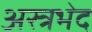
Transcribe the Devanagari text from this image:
अस्त्रभेद